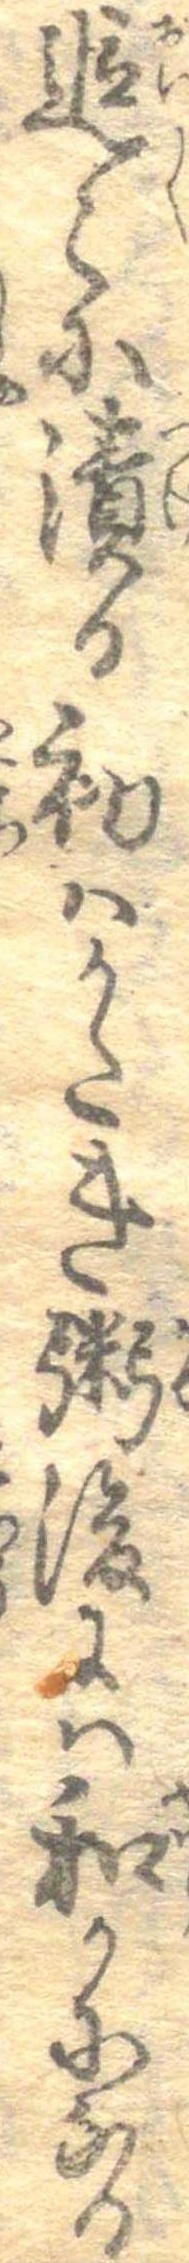
追々に漬る初はかたき粥後には和かになる